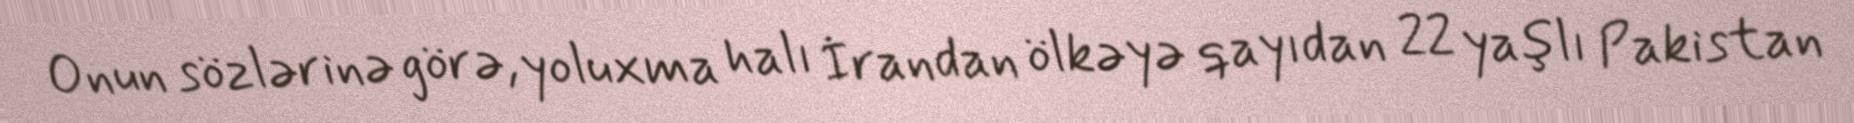
Onun sözlərinə görə, yoluxma halı İrandan ölkəyə qayıdan 22 yaşlı Pakistan